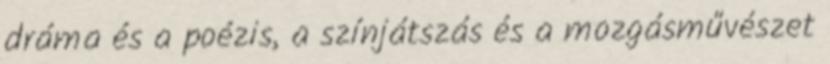
dráma és a poézis, a színjátszás és a mozgásművészet